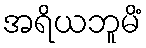
အရိယဘူမိံ